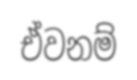
ඒවනම්